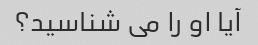
آیا او را می شناسید؟